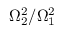
\Omega _ { 2 } ^ { 2 } / \Omega _ { 1 } ^ { 2 }